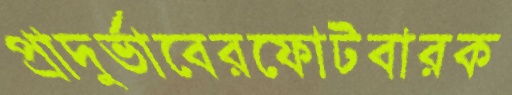
প্রাদুর্ভাবেরফোটবারক